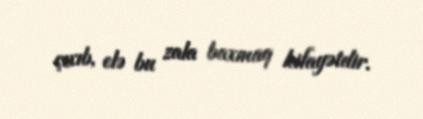
çıxıb, elə bu zala baxmaq kifayətdir.